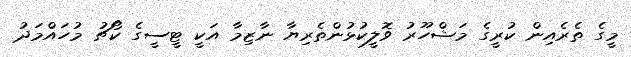
މީގެ ތެރެއިން ކުރީގެ މަޝްހޫރު ވޮލީކުޅުންތެރިޔާ ނާޒިމާ އަކީ ޓީސީގެ ކޯޗު މުހައްމަދު